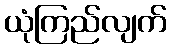
ယုံကြည်လျက်